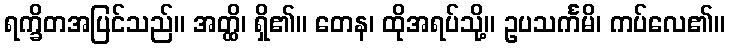
ရက္ခိတအပြင်သည်။ အတ္ထိ၊ ရှိ၏။ တေန၊ ထိုအရပ်သို့။ ဥပသင်္ကမိ၊ ကပ်လေ၏။